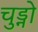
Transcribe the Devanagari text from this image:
चुड्नो